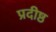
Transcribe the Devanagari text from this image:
प्रदीष्ठ